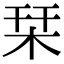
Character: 栞